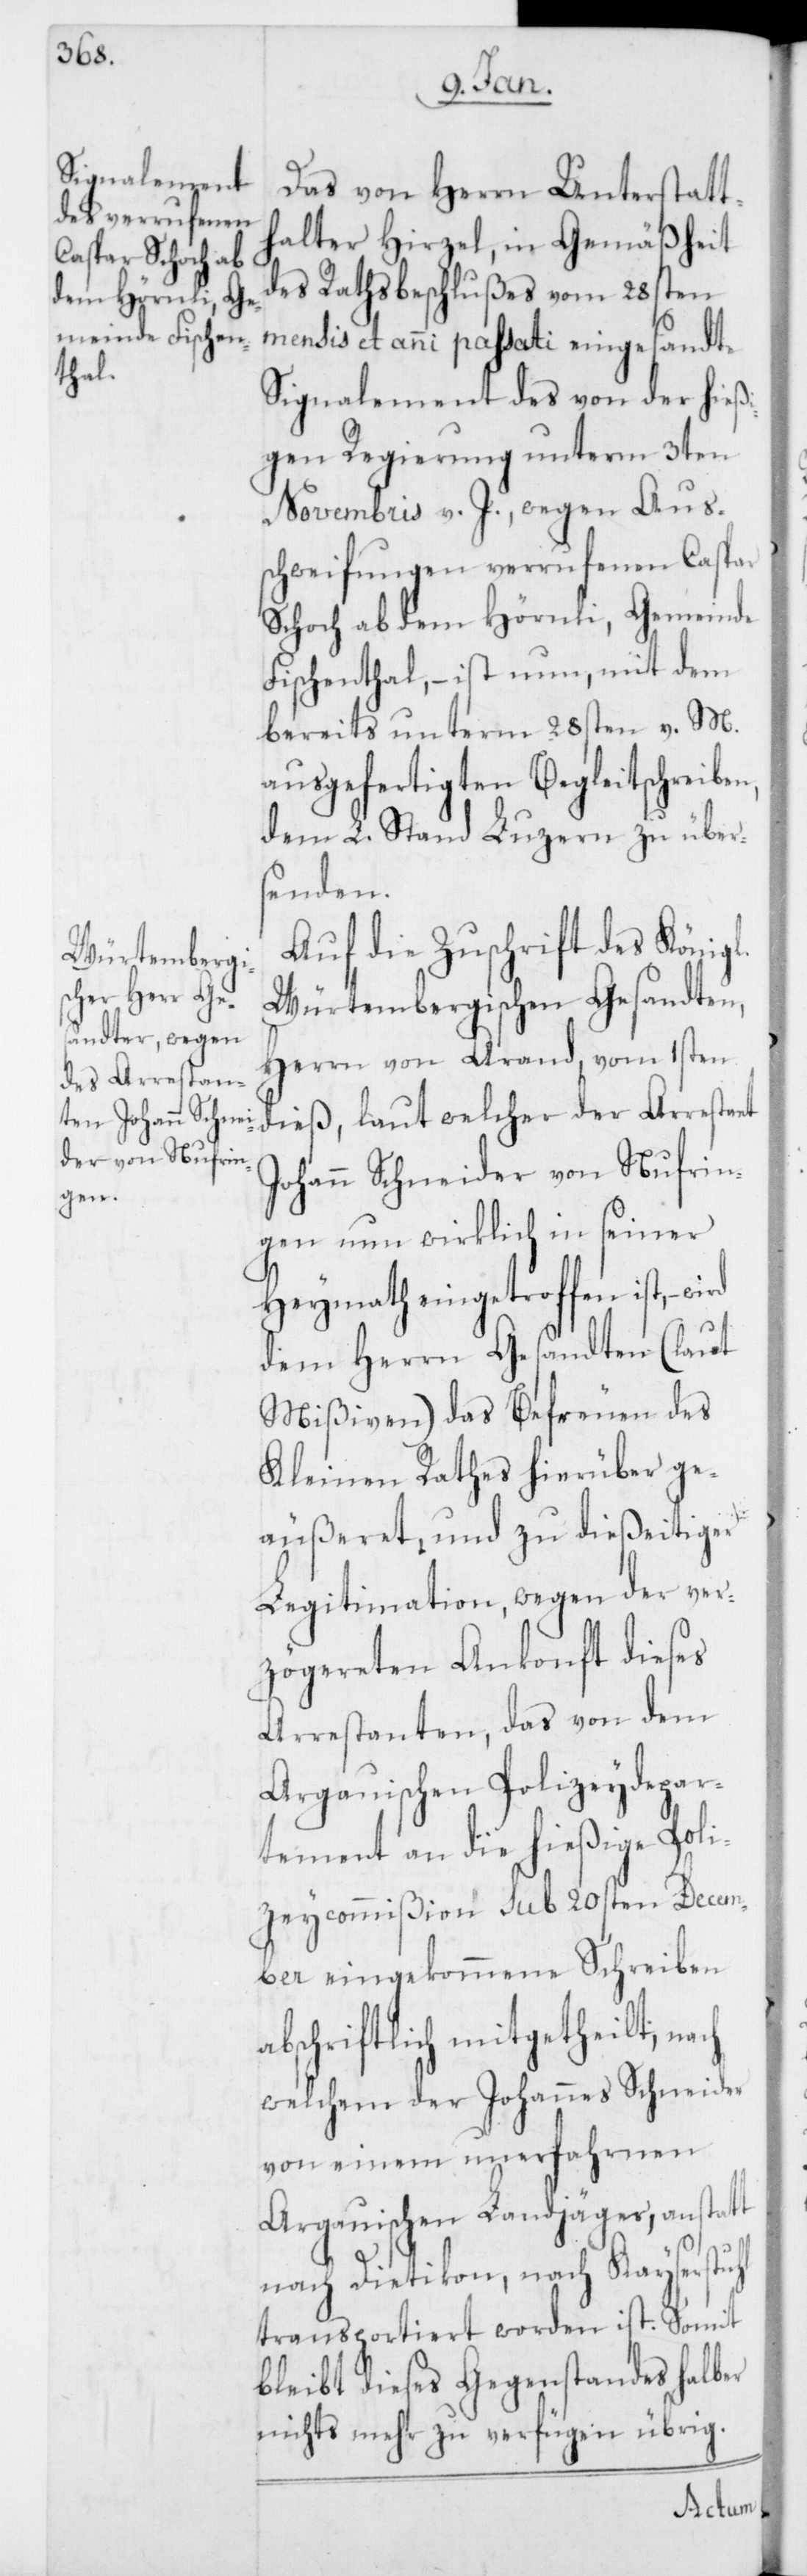
en,

Das von Herrn Unterstatt¬
halter Hirzel, in Gemäßheit
des Rathsbeschlußes vom 28sten
mensis et anni passati eingesandte
Signalement des von der hießi¬
gen Regierung unterm 3ten
Novembris v. J., wegen Aus¬
schweifungen verrufenen Caspar
Schoch ab dem Hörnli, Gemeinde
Fischenthal, – ist nun, mit dem
bereits unterm 28sten v. M.
ausgefertigten Begleitschreib¬
dem L. Stand Luzern zu über¬
senden.
Auf die Zuschrift des Königl.
Würtembergischen Gesandten,
Herrn von Arand, vom 1sten
dieß, laut welcher der Arrestant
Johann Schneider von Nufrin¬
gen nun wirklich in seiner
Heymath eingetroffen ist, –
dem Herrn Gesandten (laut
Mißiven) das Befreuen des
Kleinen Rathes hierüber ge¬
äußeret, und zu dießeitiger
Legitimation, wegen der ver¬
zögereten Ankonft dieses
Arrestanten, das von dem
Argauischen Polizeydepar¬
tement an die hießige Poli¬
zeycommißion sub 20sten Decem¬
ber eingekommene Schreiben
abschriftlich mitgetheilt, nach
welchem der Johannes Schneider
von einem unerfahrenen
Argauischen Landjäger, anstatt
nach Dietikon, nach Kayserstuhl
transportiert worden ist. Somit
bleibt dieses Gegenstandes halber
nichts mehr zu verfügen übrig.